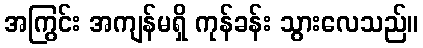
အကြွင်း အကျန်မရှိ ကုန်ခန်း သွားလေသည်။